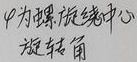
\(\varphi\)为旋转中心旋转角（推测“为理”是表述有误，这里按合理表意修改）